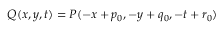
Q ( x , y , t ) = P ( - x + p _ { 0 } , - y + q _ { 0 } , - t + r _ { 0 } )